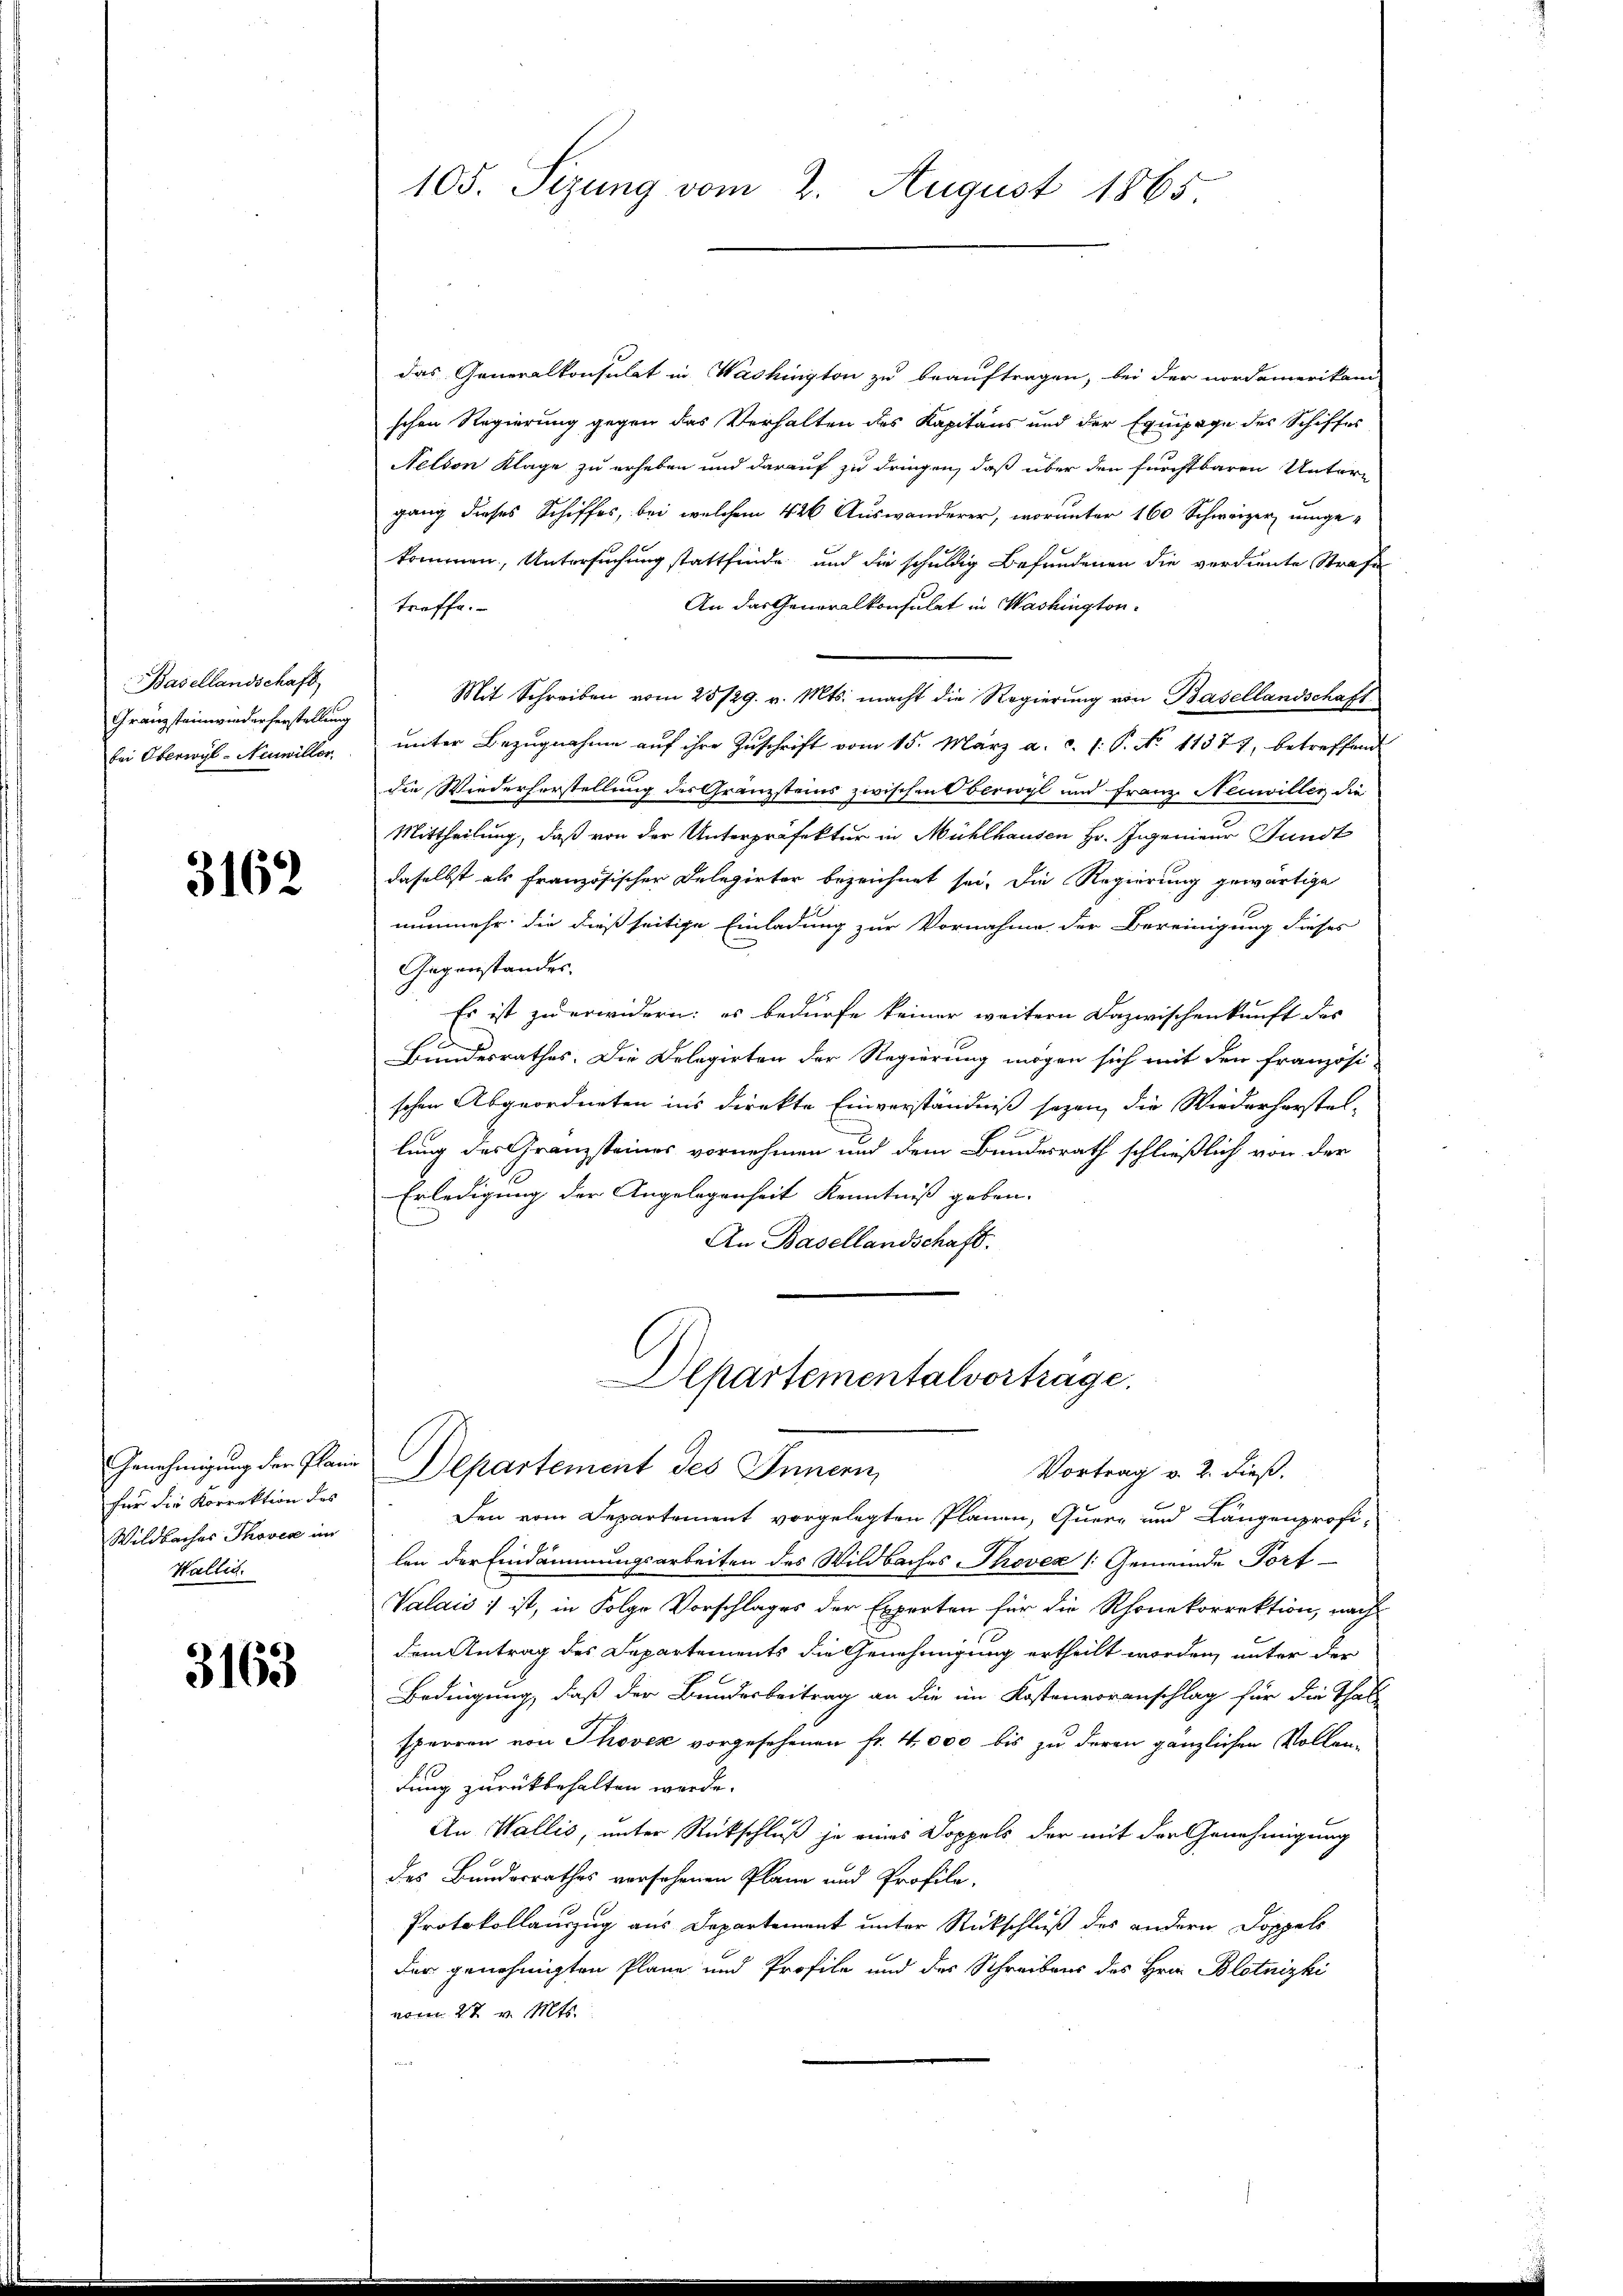
Basellandschaft
Granzsteinwiederherstellung
bei Oberwyl-Neuwiller.

3162

für die Korrektion des
Wildbaches Thovic im
Wallis.

3163

das Generalkonsulat in Washington zu beauftragen, bei der nordamerikan
schen Regierung gegen das Verhalten des Kapitaus und der Equipage des Schiffes
Nelson Klage zu erheben und darauf zu dringen, daß über den furchtbaren Untergang dieses Schiffes, bei welchem 426 Auswanderer, worunter 160 Schweizer, eingekommen, Untersuchung stattfinde und die schuldig Befundenen die verdiente Strafe
An das Generalkonsulat in Washingtontroffe.
Mit Schreiben vom 28/29. v. Mts. macht die Regierŭng von Basellandschaft
ŭnter Bezŭgnahme aŭf ihre Zŭschrift vom 15. März a. c. l. P. No 11377, betreffend
die Wiederherstellung des Gränzsteins zwischen Oberwyl und Franz Neuwillen die
Mittheilung, daß von der Unterpräfektur in Mühlhausen Hr. Ingenieur Fundt
daselbst als französischer Delegirter bezeichnet sei. Die Regierung gewärtige
nunmehr die dießseitige Einladung zur Vornahme der Bereinigung dieses
Gegenstandes.
Es ist zu erwidern: es bedürfe keiner weitern Dazwischenkunft des
Bundesrathes. Die Delegirten der Regierung mögen sich mit den französi-
schen Abgeordneten ins direkte Einverständniß sezen, die Wiederhorstellung des Granzsteines vornehmen und dem Bundesrath schließlich von der
Erledigung der Angelegenheit Kenntniß geben.
An Basellandschaft.

105. Sizung vom 2. August 1865.

Departementalvorträge.
Genehmigung den Plane Departement des Innern,
Vortrag v. 2. dieß.

Den vom Departement vorgelegten Planen, Quere und Längenprofi-
len der Eindämmungsarbeiten des Wildbaches Thoven /: Gemeinde Port-
Valais ; ist, in Folge Vorschlages der Experten für die Rhonekorrektion, nach
dem Antrag des Departements die Genehmigung ertheilt worden, unter der
Bedingung, daß der Bundesbeitrag an die im Kostenvoranschlag für die Thal-
sperren von Thovez vorgesehenen fr. 4,000 bis zu deren gänzlichen Vollen-
dung zurückbehalten werde.
An Wallis, unter Rückschluß je eines Doppels der mit der Genehmigung
des Bundesrathes vorsehenen Plane und Profila-
Protokollauszug aus Departement unter Rückschluß des andern Doppels
der genehmigten Plane und Profile und des Schreibens des Hrn. Blotnizki
vom 27. v. Mts.